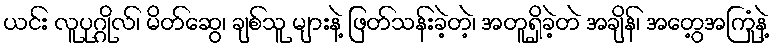
ယင်း လူပုဂ္ဂိုလ်၊ မိတ်ဆွေ၊ ချစ်သူ များနဲ့ ဖြတ်သန်းခဲ့တဲ့၊ အတူရှိခဲ့တဲ အချိန်၊ အတွေ့အကြုံနဲ့